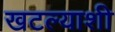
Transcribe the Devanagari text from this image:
खटल्याशी